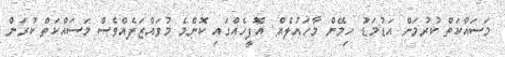
މަސައްކަތް ކުރުމަށް އަޑުމަޑު ހިމޭން މާހައުލެއް: އޮފީހެއްގައި ކޮންމެ މުވައްޒަފެއްވެސް މަސައްކަތް ކުރަން